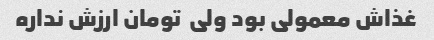
غذاش معمولی بود ولی  تومان ارزش نداره